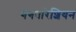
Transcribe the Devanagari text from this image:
गंगवारेशियन